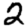
Digit: 2